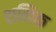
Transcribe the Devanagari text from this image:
शनिक